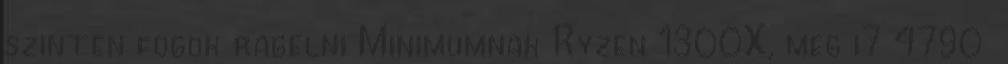
szinten fogok ragelni Minimumnak Ryzen 1300X, meg i7 4790